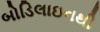
બોડિલાઇનથી